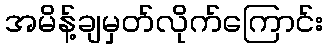
အမိန့်ချမှတ်လိုက်ကြောင်း